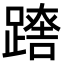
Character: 𨄘